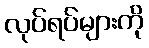
လုပ်ရပ်များကို